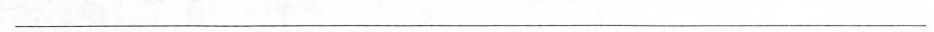
___